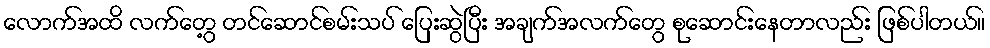
လောက်အထိ လက်တွေ့ တင်ဆောင်စမ်းသပ် ပြေးဆွဲပြီး အချက်အလက်တွေ စုဆောင်းနေတာလည်း ဖြစ်ပါတယ်။